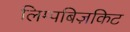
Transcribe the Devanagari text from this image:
लिम्पबिज़किट